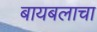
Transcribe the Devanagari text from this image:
बायबलाचा